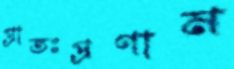
প্রাতঃপ্রণাম